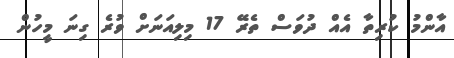
އާންމު ކުރިތާ އެއް ދުވަސް ތެރޭ 17 މިލިއަނަށް ވުރެ ގިނަ މީހުން